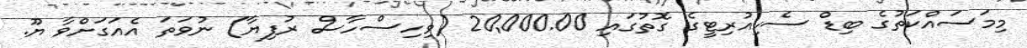
މިމަސައްކަތުގެ ބިޑް ސެކިއުރިޓީގެ ގޮތުގައި 20